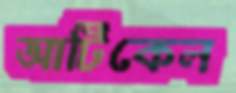
আর্টিকেল